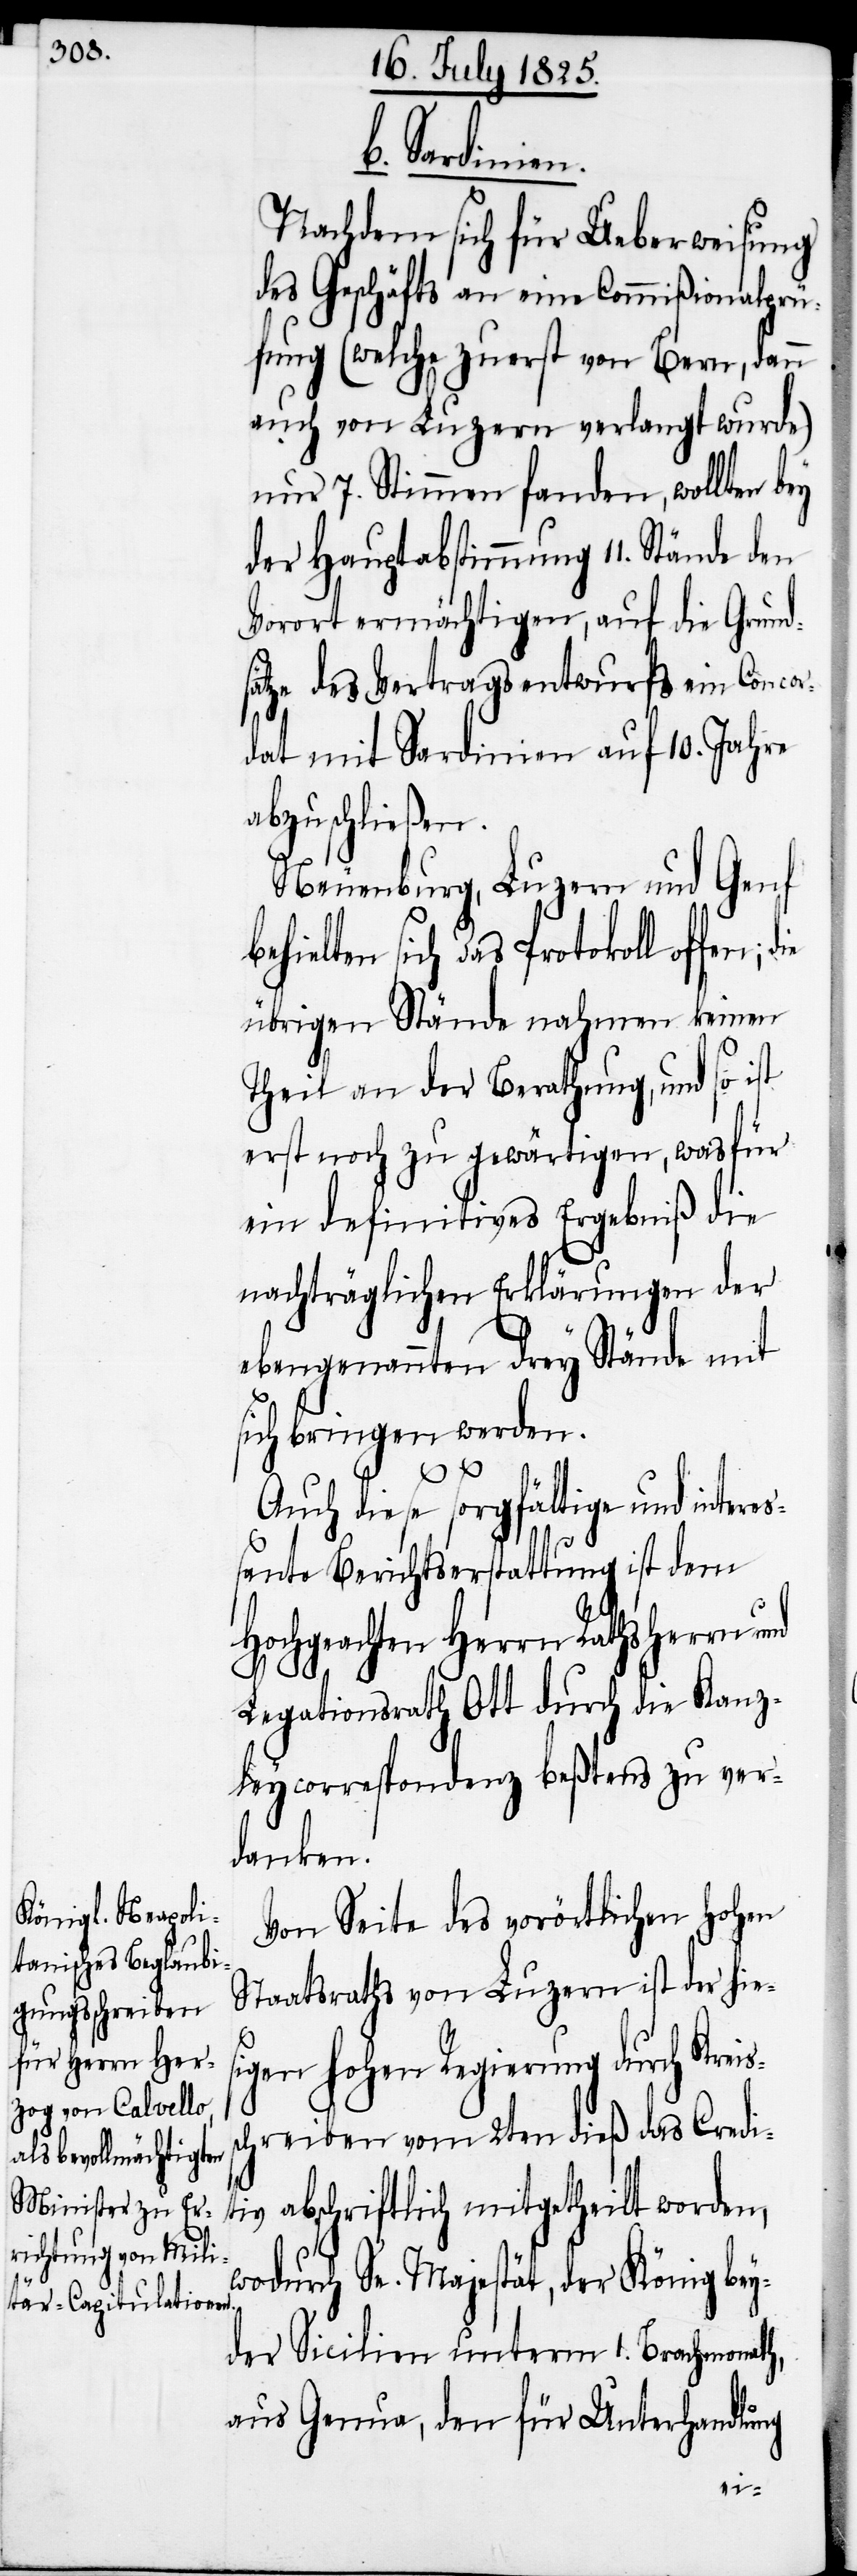
b. Sardinie¬
Nachdem sich für Ueberweisung
des Geschäfts an eine Commißionalprü¬
fung (welche zuerst von Bern, dann
auch von Luzern verlangt wurde)
nur 7. Stimmen fanden, wollten bey
der Hauptabstimmung 11. Stände den
Vorort ermächtigen, auf die Grund¬
sätze des Vertragsentwurfs ein Concor¬
dat mit Sardinien auf 10. Jahre
abzuschließen.
Neuenburg, Luzern und Genf
behielten sich das Protokoll offen;
übrigen Stände nahmen keinen
s¬
Theil an der Berathung, und so ist
erst noch zu gewärtigen, was für
ein definitives Ergebniß die
nachträglichen Erklärungen der
ebengenannten drey Stände mit
sich bringen werden.
Auch diese sorgfältige und interes¬
sante Berichtserstattung ist dem
Hochgeachten Herrn Rathsherrn
Legationsrath Ott durch die Kanz¬
leycorrespondenz beßtens zu ver¬
danken.
Von Seite des vorörtlichen Hohen
Staatsraths von Luzern ist der hies¬
igen hohen Regierung durch Krei¬
schreiben vom 2ten dieß das Credit¬
iv abschriftlich mitgetheilt worden,
wodurch Se. Majestät, der König bey¬
der Sicilien unterm 1. Brachmonath,
aus Genua, den für Unterhandlung